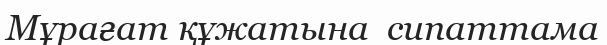
Мұрағат құжатына  сипаттама